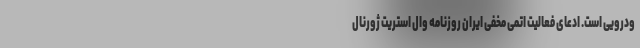
ودرویی است. ادعای فعالیت اتمی مخفی ایران روزنامه وال استریت ژورنال